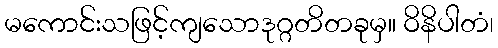
မကောင်းသဖြင့်ကျသောဒုဂ္ဂတိတခုမှ။ ဝိနိပါတံ၊